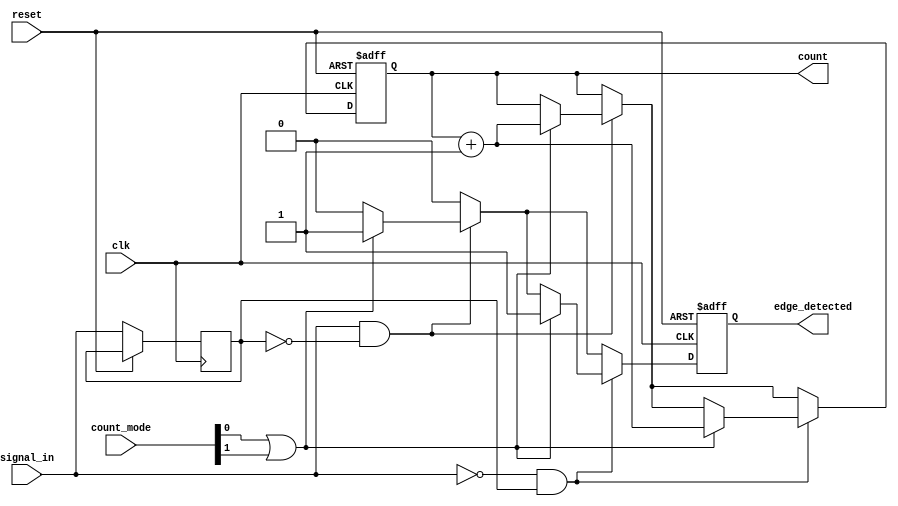
module edge_counter #(
    parameter COUNTER_WIDTH = 8 // Parameter to define the width of the counter
)(
    input clk,                     // Clock signal
    input reset,                   // Asynchronous reset signal
    input signal_in,               // Input signal to monitor for edges
    input [1:0] count_mode,        // Control signal to select counting mode (00: none, 01: rising, 10: falling, 11: both)
    output reg [COUNTER_WIDTH-1:0] count, // Counter output
    output reg edge_detected        // Edge detected signal (optional)
);

    reg signal_in_prev;            // Register to hold the previous state of signal_in

    // Asynchronous reset and edge detection logic
    always @(posedge clk or posedge reset) begin
        if (reset) begin
            count <= 0;            // Reset the counter to zero
            edge_detected <= 0;    // Clear edge detected signal
        end else begin
            // Edge detection logic
            edge_detected <= 0;     // Clear edge detected signal on each clock cycle
            
            // Check for rising edge
            if (signal_in && !signal_in_prev) begin
                if (count_mode[0] || count_mode[1]) begin // Check if rising edges are to be counted
                    count <= count + 1; // Increment count
                    edge_detected <= 1; // Indicate an edge has been detected
                end
            end
            
            // Check for falling edge
            if (!signal_in && signal_in_prev) begin
                if (count_mode[1] || count_mode[0]) begin // Check if falling edges are to be counted
                    count <= count + 1; // Increment count
                    edge_detected <= 1; // Indicate an edge has been detected
                end
            end
            
            // Update previous state
            signal_in_prev <= signal_in; // Store the current state for the next clock cycle
        end
    end

endmodule